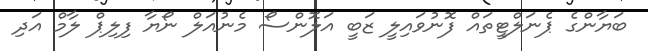
ބަޔާންގެ ޕެނަލްޓީތައް ފޮނުވައިލީ ޒަބީ އަލޮންސޯ މެނުއަލް ނޯޔާ ފިލިޕް ލާމް އަދި